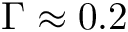
\Gamma \approx 0 . 2